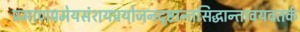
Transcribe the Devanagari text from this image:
प्रमाणप्रमेयसंशयप्रयोजनदृष्टान्तसिद्धान्तावयवतर्क